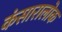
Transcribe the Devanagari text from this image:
कंसारालोक